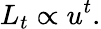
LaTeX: L_{t}\propto u^{t}.